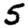
Digit: 5